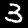
Digit: 3